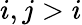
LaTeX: i,j>i